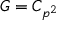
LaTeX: G = C _ { p ^ { 2 } }